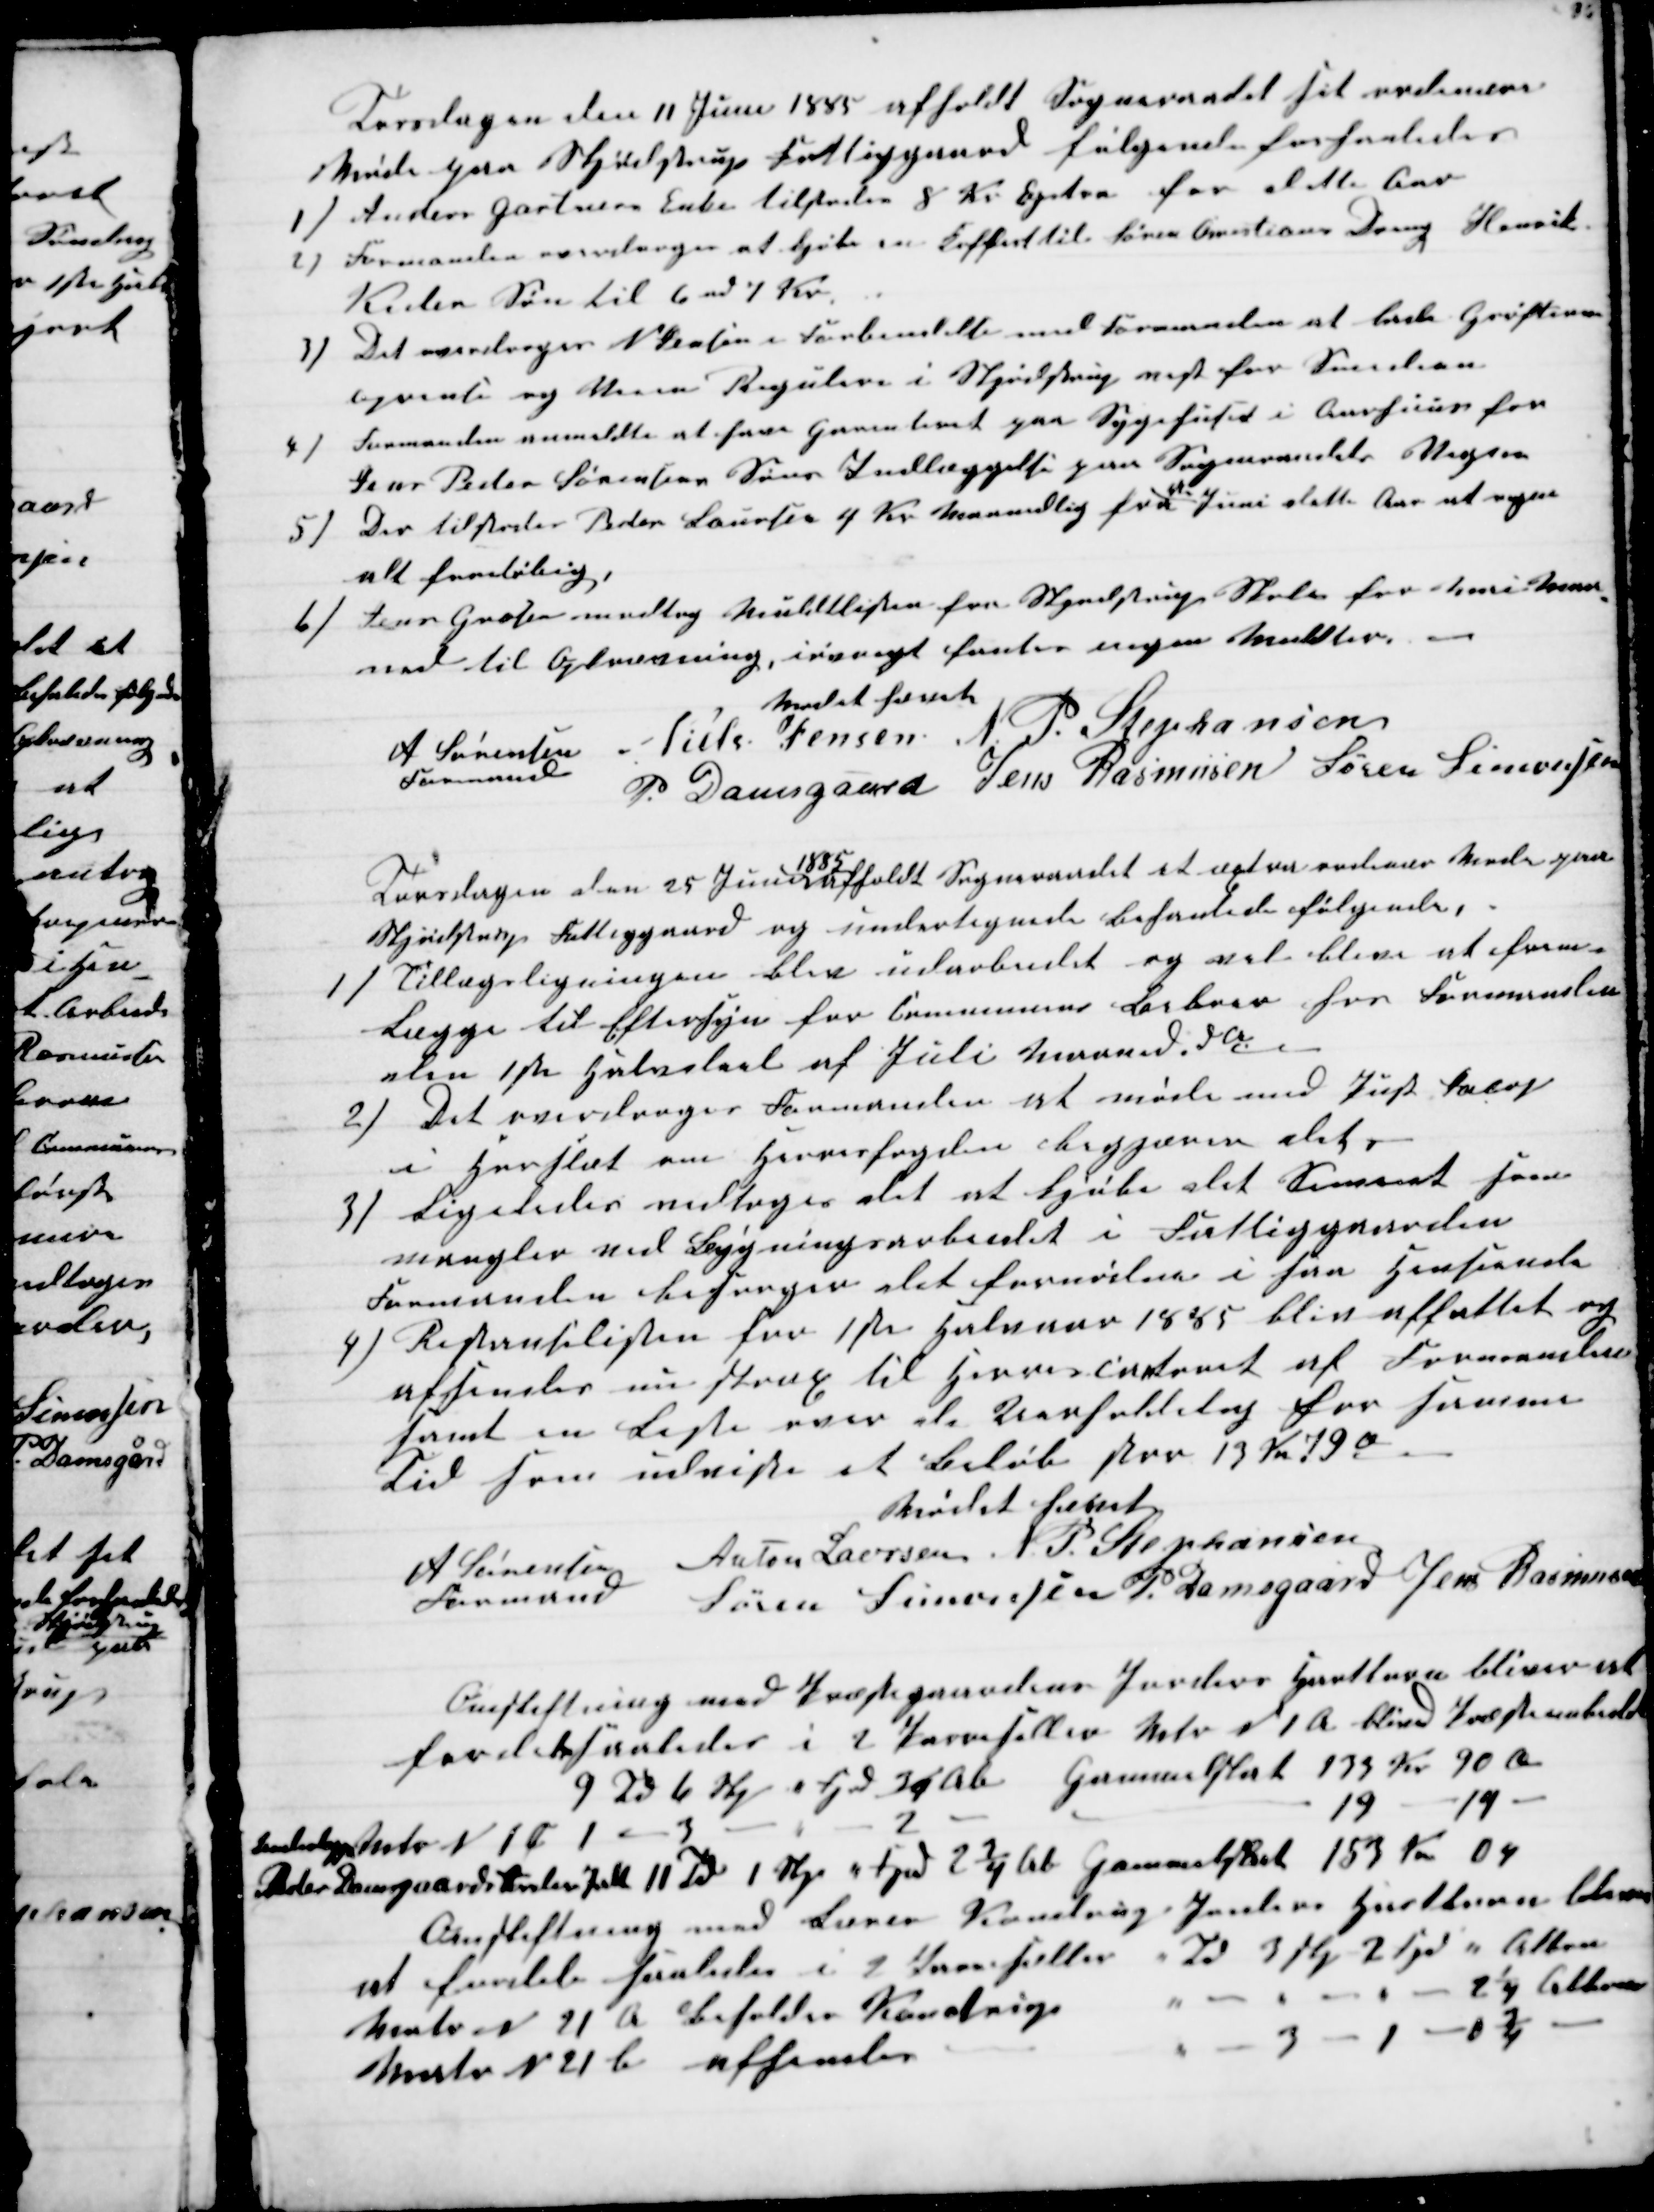
Transskription:
Torsdagen den 11 Juni 1885 afholdt Sogneraadet sit ordinære
Møde paa Skjødstrup Fattiggaard følgende forhanledes
1) Anders Gartners Enke tilstodes 8 Kr Æxtra for dette Aar
2) Formanden overdroges at kjøbe en Kuffert til Søren Cristians Dreng, Henrik
Kieles Søn til 6 nd 7 Kr
3) Det overdroges N Jensen i Forbindelse med Formanden at lade Grøfterne
oprense og Veien Regulere i Skjødstrup vest for S
4)
Formanden anmeldte at have garanteret paa Sygehuset i Aarhuus for
Jens Peder Sørensens Søns Indlæggelse paa Sogneraadets Vegne
5) Der tilstodes Peder Laursen 4 Kr Maanedlig fra 
st
Juni dette Aar at regne
alt foreløbig,
6) Jens Grosen modtog Muldtlisten fra Skjødstrup Skole for Mai Maa-
ned til Opkrævning, iøvrigt fantes ingen Muldter.
Mødet hævet
A Sørensen  
Formand
Niels Jensen N. P. Stephansen
P. Damsgaard Jens Rasmusen Søren Simonsen
Torsdagen den 25 Juni 
1885
afholdt Sogneraadet et æxtra ordinær Møde paa
Skjødstrup Fattiggaard og undertegnede behanlede følgende,
1) Tillægsligningen blev udarbeidet og vil blive at frem-
Lægge til Eftersyn for Communens Beboer hos Formanden
den 1ste Halvdeel af Juli Maaned d. A.
2) Det overdroges Formanden at møde med Just Jacop
i Horslet om Herrerfogden begjærer det.
3) Ligeledes vedtoges det at kjøbe det Sement som
mangler ved Bygningsarbeidet i Fattiggaarden
Formanden besørger det fornødne i saa Henseende
4) Restanselisten for 1ste Halvaar 1885 bliv affattet og
afsendes nu strax til Herrerscontoret af Formanden
samt en Liste over de Uerholdelig har samme
Tid som udviste et Beløb paa 13 Kr 79 Ø
Mødet hævet
A Sørensen 
Formand
Anton Laursen J. P. Stephansen
Søren Simonsen P. Damsgaard Jens Rasmusen
Omskiftning med Præstegaardens Jorders Hartkorn bliver at
fordele saaledes i 2 Parreseller Matr N 1 A blived Præsteembedet
9 Td 6 Skj " Fjd ¾ Ab Gammelskat 133 Kr 90 Ø
Udstyg Matr N 1 C 1 - 3 - " - 2
19 - 14
Peder Damgaards   11 Td 1 Skj " Fjd 2¾ Ab Gammelskat 153 Kr 04
Omskiftning med Lærer Kondrup Jorders Hartkorn bliver
at fordele saaledes i 2 Parreseller " Td 3 Skj 2 Fjd  " Album
Matr N 21 A beholder Kondrup
" - " - " - 2¼ Album
Matr N 21 b afhendes
" - 3 -1 - 1¾ -